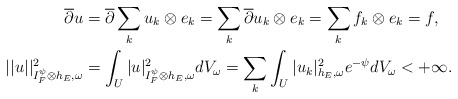
\begin{align*} \overline{\partial}u&=\overline{\partial}\sum_ku_k\otimes e_k=\sum_k\overline{\partial}u_k\otimes e_k=\sum_k f_k\otimes e_k=f,\\ ||u||^2_{I_F^\psi\otimes h_E,\omega}&=\int_U|u|^2_{I_F^\psi\otimes h_E,\omega}dV_\omega=\sum_k\int_U|u_k|^2_{h_E,\omega}e^{-\psi}dV_\omega<+\infty. \end{align*}